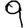
Digit: 9